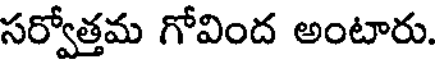
సర్వోత్తమ గోవింద అంటారు.